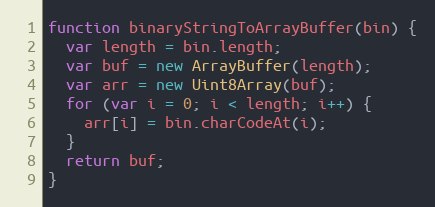
Language: JavaScript
function binaryStringToArrayBuffer(bin) {
  var length = bin.length;
  var buf = new ArrayBuffer(length);
  var arr = new Uint8Array(buf);
  for (var i = 0; i < length; i++) {
    arr[i] = bin.charCodeAt(i);
  }
  return buf;
}